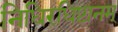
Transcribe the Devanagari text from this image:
निधिरधिष्टानम्